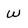
Character: w